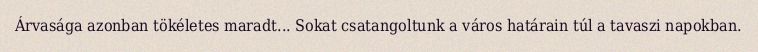
Árvasága azonban tökéletes maradt... Sokat csatangoltunk a város határain túl a tavaszi napokban.